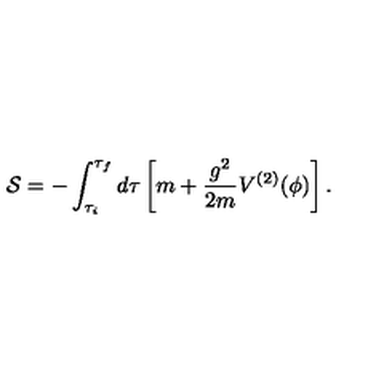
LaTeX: { \cal S } = - \int _ { \tau _ { i } } ^ { \tau _ { f } } d \tau \left[ m + \frac { g ^ { 2 } } { 2 m } V ^ { ( 2 ) } ( \phi ) \right] .